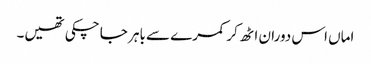
اماں اس دوران اٹھ کر کمرے سے باہر جا چکی تھیں۔